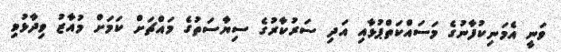
ވަނީ އެމަނިކުފާނުގެ މަސައްކަތްޕުޅާއި އަދި ސަރުކާރުގެ ސިޔާސަތުގެ މައްޗަށް ކަމަށް މުއާޒު ވިދާޅުވި